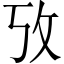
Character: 攷